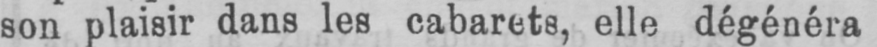
son plaisir dans les cabarets, elle dégénéra